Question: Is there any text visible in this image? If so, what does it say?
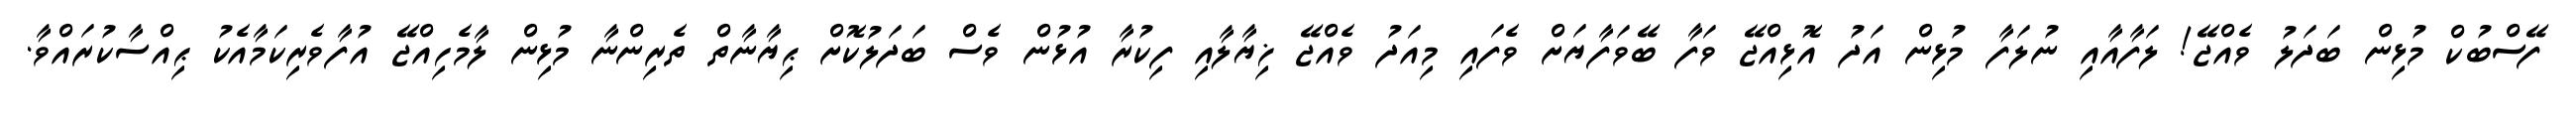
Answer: ފޭސްބުކް މުޅިން ބަދަލު ވެއްޖޭ! ލަފާއާއި ނުލަފާ މުޅިން އަދު އޮޅިއްޖޭ ވަފާ ބޭވަފާޔަށް ވެފައި މިއަދު ވެއްޖޭ ޚިޔާލާއި ފިކުރާ އުޅުން ވެސް ބަދަލުކޮށް ޙިޔާނާތް ތެރިންނާ މުޅިން ލާމެހިއްޖޭ އުފާވެރިކަމާއެކު ޙިއްސާކުރައްވާ.